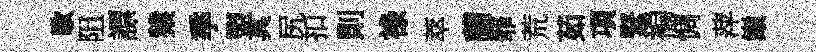
歇阻謤猿季盟具尻扣則祿萃蘭罪荒茹項緊褊惆萍巔